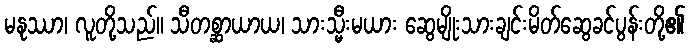
မနုဿာ၊ လူတို့သည်။ သီတစ္ဆာယာယ၊ သားသ္မီးမယား ဆွေမျိုးသားချင်းမိတ်ဆွေခင်ပွန်းတို့၏